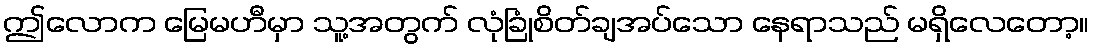
ဤလောက မြေမဟီမှာ သူ့အတွက် လုံခြုံစိတ်ချအပ်သော နေရာသည် မရှိလေတော့။